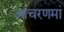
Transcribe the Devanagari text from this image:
आचरणमां